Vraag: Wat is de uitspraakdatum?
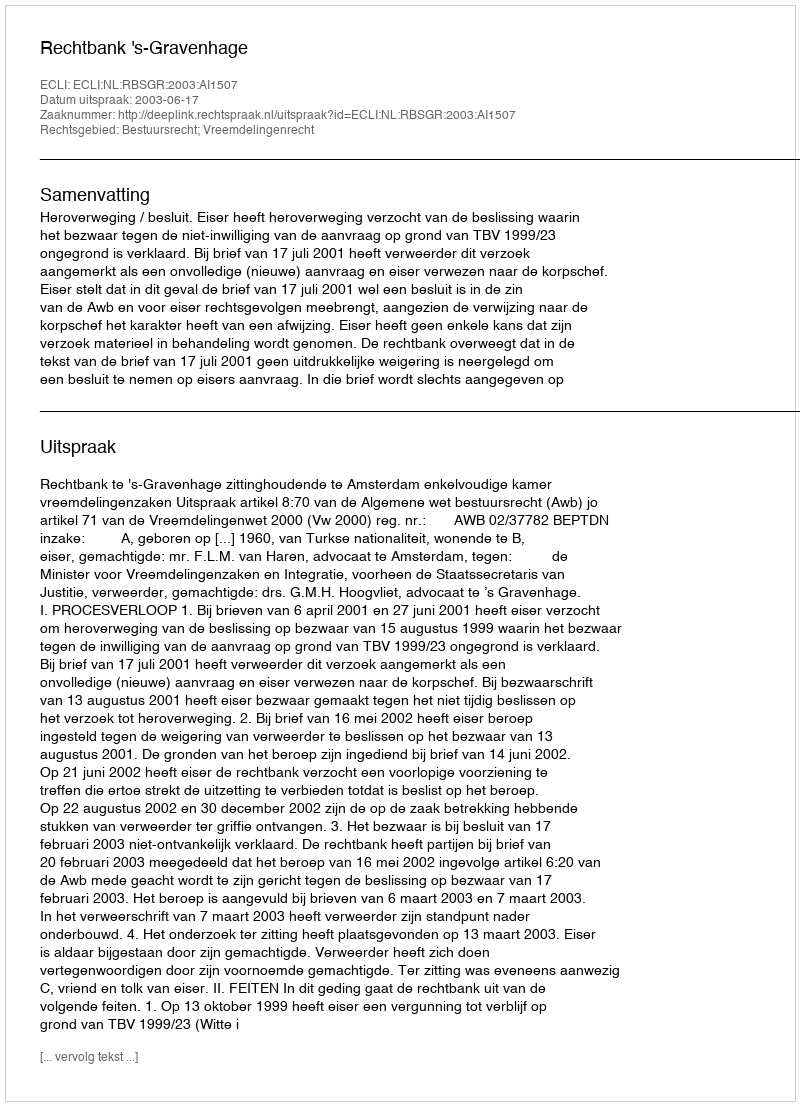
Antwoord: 2003-06-17